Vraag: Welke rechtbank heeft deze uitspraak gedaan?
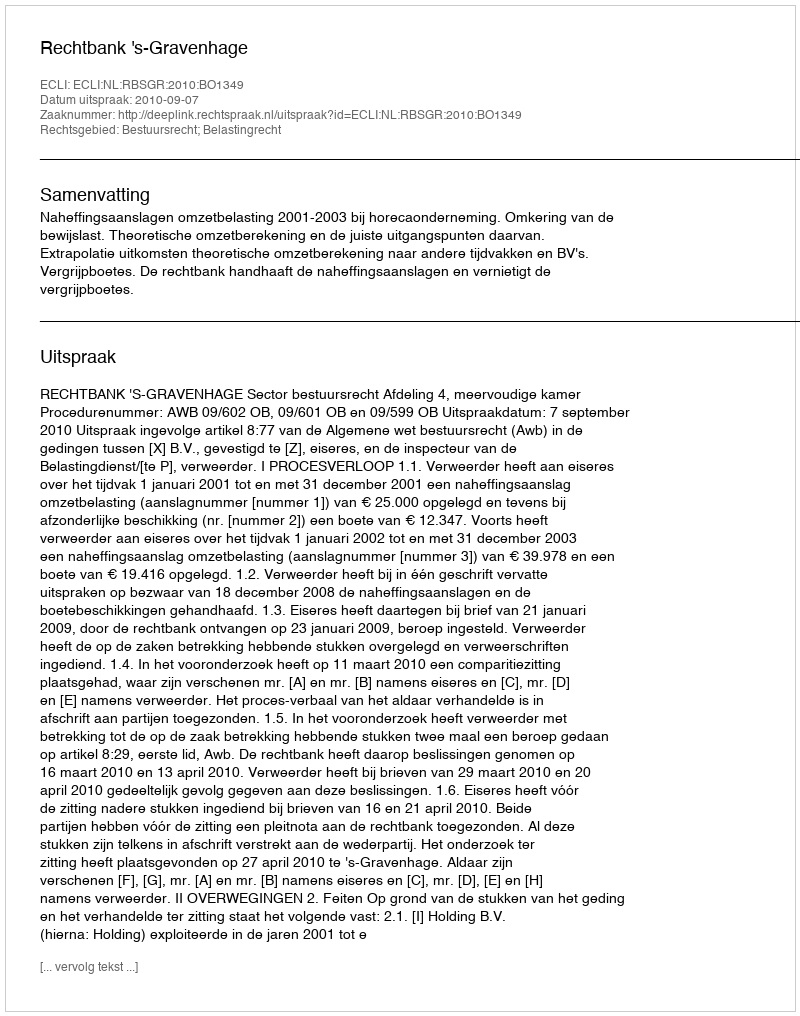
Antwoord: Rechtbank 's-Gravenhage